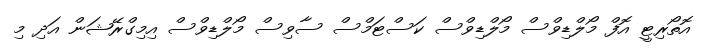
އޮތޯރިޓީ އޮފް މޯލްޑިވްސް މޯލްޑިވްސް ކަސްޓަމްސް ސާވިސް މޯލްޑިވްސް އިމިގްރޭޝަން އަދި މި